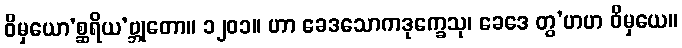
ဝိမှယော’စ္ဆရိယ’ဗ္ဘုတော။ ၁၂၀၁။ ဟာ ခေဒသောကဒုက္ခေသု၊ ခေဒေ တွ’ဟဟ ဝိမှယေ။